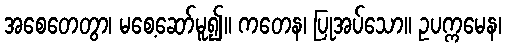
အစေတေတွာ၊ မစေ့ဆော်မူ၍။ ကတေန၊ ပြုအပ်သော။ ဥပက္ကမေန၊